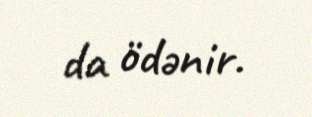
da ödənir.